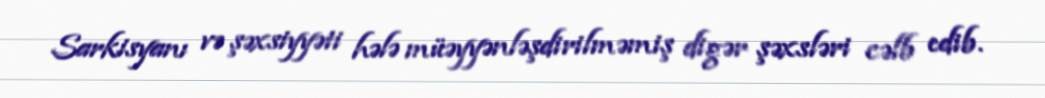
Sarkisyanı və şəxsiyyəti hələ müəyyənləşdirilməmiş digər şəxsləri cəlb edib.